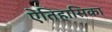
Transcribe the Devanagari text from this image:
ऐतिहासिका